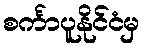
စင်္ကာပူနိုင်ငံမှ